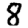
Digit: 8